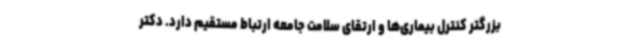
بزرگتر کنترل بیماری‌ها و ارتقای سلامت جامعه ارتباط مستقیم دارد. دکتر